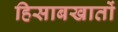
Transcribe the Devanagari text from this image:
हिसाबखातों